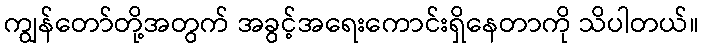
ကျွန်တော်တို့အတွက် အခွင့်အရေးကောင်းရှိနေတာကို သိပါတယ်။